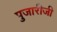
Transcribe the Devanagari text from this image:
पुजारीजी